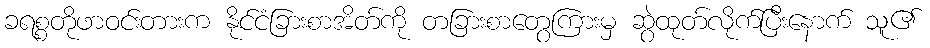
ခရစ္စတိုဖာဝင်းတားက နိုင်ငံခြားစာအိတ်ကို တခြားစာတွေကြားမှ ဆွဲထုတ်လိုက်ပြီးနောက် သူ၏